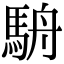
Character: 𩢸